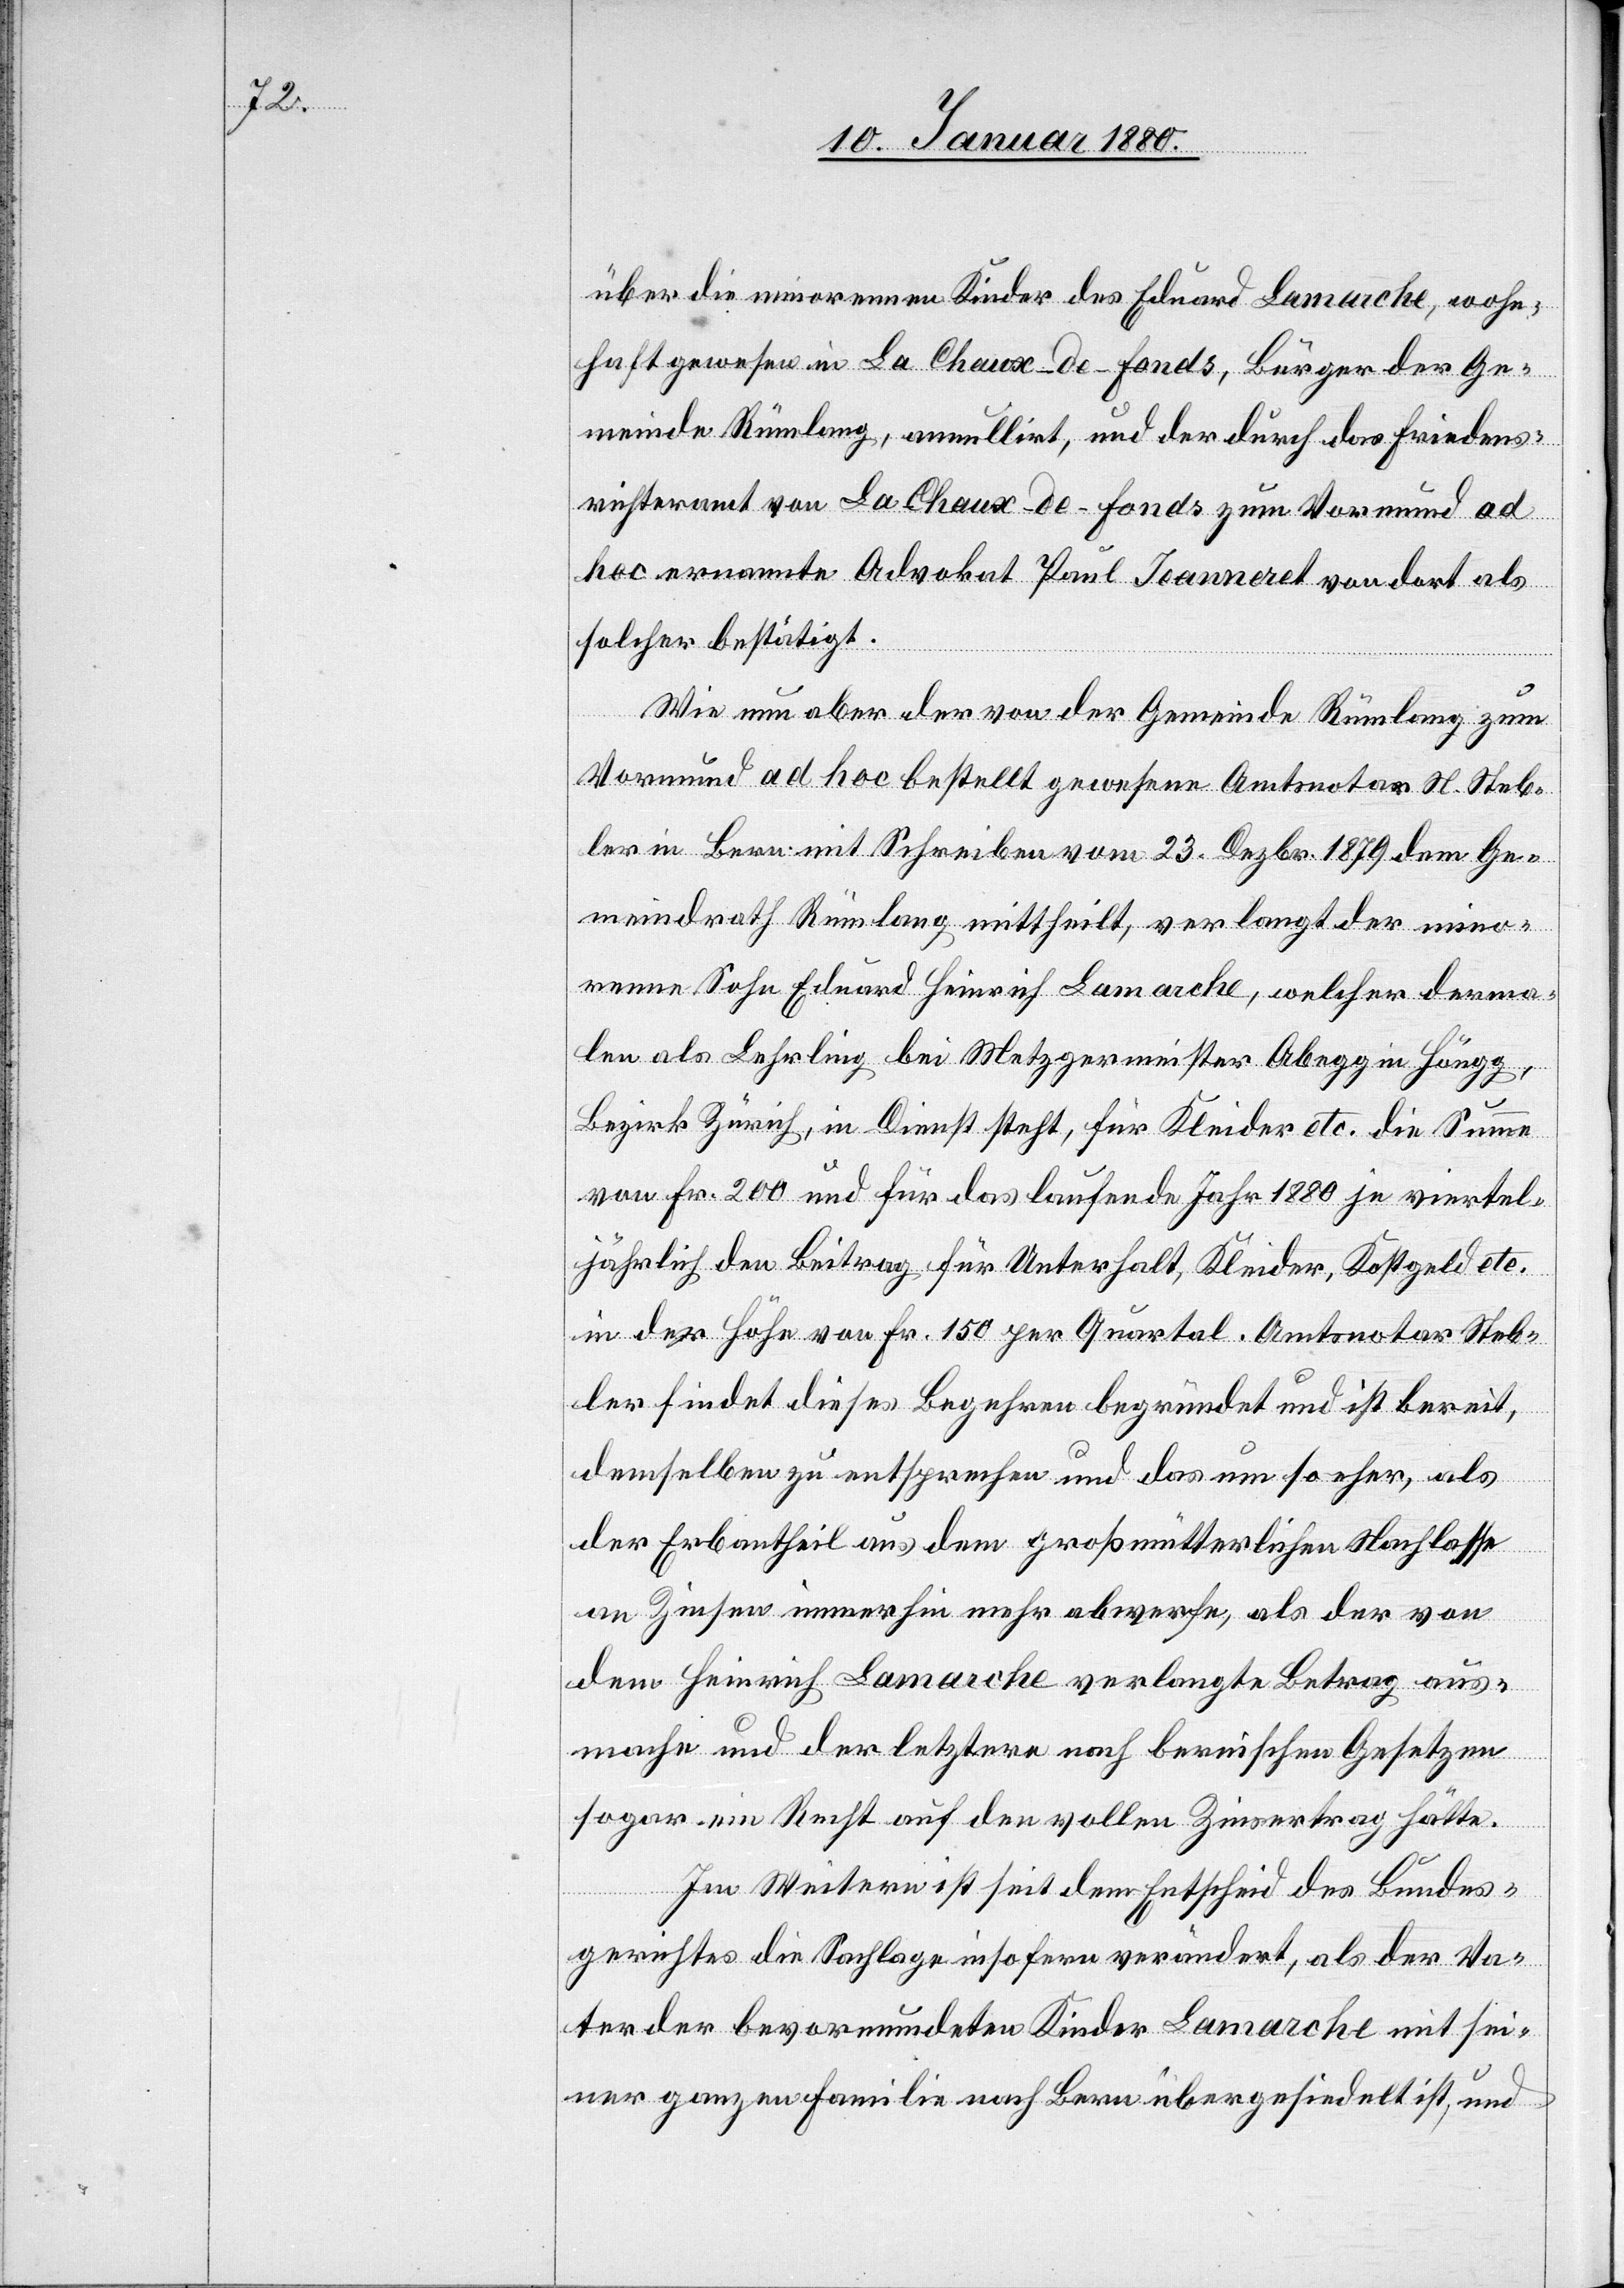
über die minorenen Kinder des Eduard Lamarche, wohn¬
haft gewesen in La Chaux-de-Fonds, Bürger der Ge¬
meinde Rümlang, annullirt, und der durch das Friedens¬
richteramt von La Chaux-de-Fonds zum Vormund ad
hoc ernannte Advokat Paul Jeanneret von dort als
solcher bestätigt.
Wie nun aber der von der Gemeinde Rümlang zum
Vormund ad hoc bestellt gewesene Amtsnotar St. Steb¬
ler in Bern mit Schreiben vom 23. Dezbr. 1879 dem Ge¬
meindrath Rümlang mittheilt, verlangt der mino¬
rene Sohn Eduard Heinrich Lamarche, welcher derma¬
len als Lehrling bei Metzgermeister Abegg in Höngg,
Bezirk Zürich, in Dienst steht, für Kleider etc. die Summe
von Fr. 200 und für das laufende Jahr 1880 je viertel¬
jährlich den Beitrag für Unterhalt, Kleider, Kostgeld etc.
in der Höhe von Fr. 150 per Quartal. Amtsnotar Steb¬
ler findet dieses Begehren begründet und ist bereit,
demselben zu entsprechen und das um so eher, als
der Erbantheil aus dem großmütterlichen Nachlasse
an Zinsen immerhin mehr abwerfe, als der von
dem Heinrich Lamarche verlangte Betrag aus¬
mache und der letztere nach bernischen Gesetzen
sogar ein Recht auf den vollen Zinsertrag hätte.
Im Weitern ist seit dem Entscheid des Bundes¬
gerichtes die Sachlage insofern verändert, als der Va¬
ter der bevormundeten Kinder Lamarche mit sei¬
ner ganzen Familie nach Bern übergesiedelt ist, und